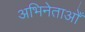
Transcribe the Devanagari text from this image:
अभिनेताओँ